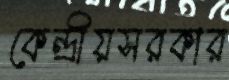
কেন্দ্রীয়সরকার